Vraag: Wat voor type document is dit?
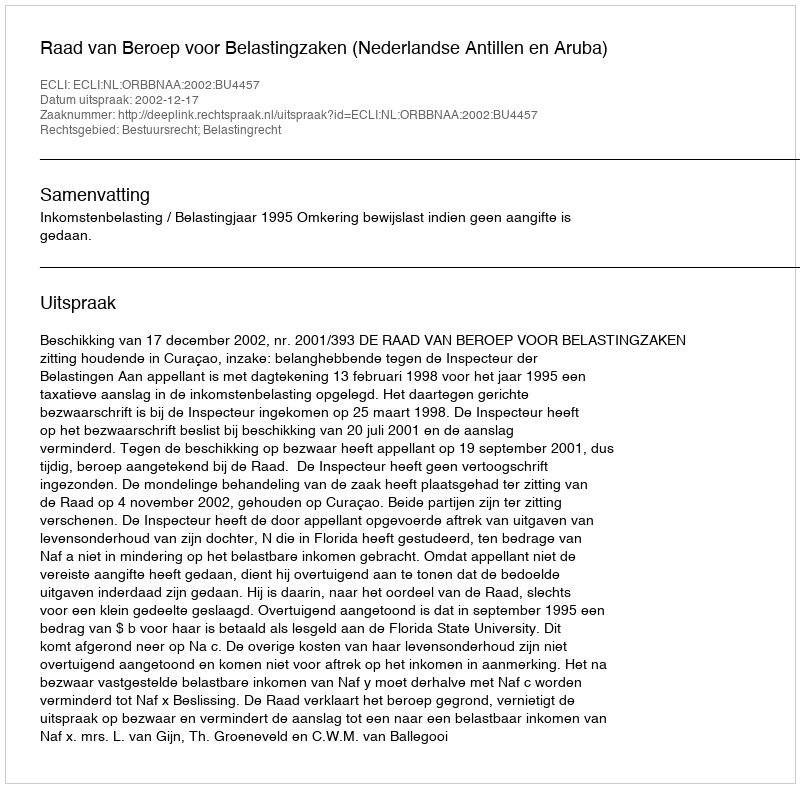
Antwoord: Uitspraak